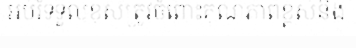
អប់រំទទួលខុសត្រូវចំពោះគុណភាពខ្ពស់និង